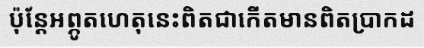
ប៉ុន្តែអព្ភូតហេតុនេះពិតជាកើតមានពិតប្រាកដ